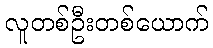
လူတစ်ဦးတစ်ယောက်